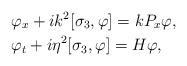
LaTeX: \begin{align*}&\varphi_x+ik^2[\sigma_3,\varphi]=kP_x\varphi,\\&\varphi_t+i\eta^2[\sigma_3,\varphi]= H\varphi,\end{align*}